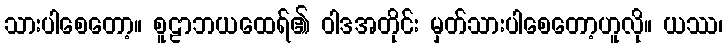
သားပါစေတော့။ စူဠာဘယထေရ်၏ ဝါဒအတိုင်း မှတ်သားပါစေတော့ဟူလို။ ယဿ၊